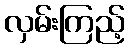
လှမ်းကြည့်